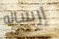
إرساله